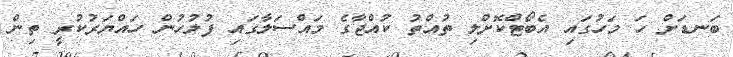
ބަނޑަށް ހަ މަހުގައި އެބޯޓްކޮށްލި ތުއްތު ކުއްޖާގެ މައްސަލާގައި ފުލުހުން ހައްޔަރުކުރީ ތިން